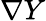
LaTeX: \nabla Y